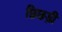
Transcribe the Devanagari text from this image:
छिछड़ी